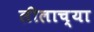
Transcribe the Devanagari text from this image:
लीलाच्या